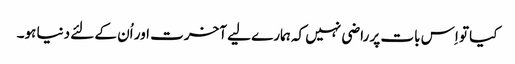
کیا تو اِس بات پر راضی نہیں کہ ہمارے لیے آخرت اور اُن کے لئے دنیا ہو۔